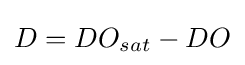
D=DO_{sat}-DO